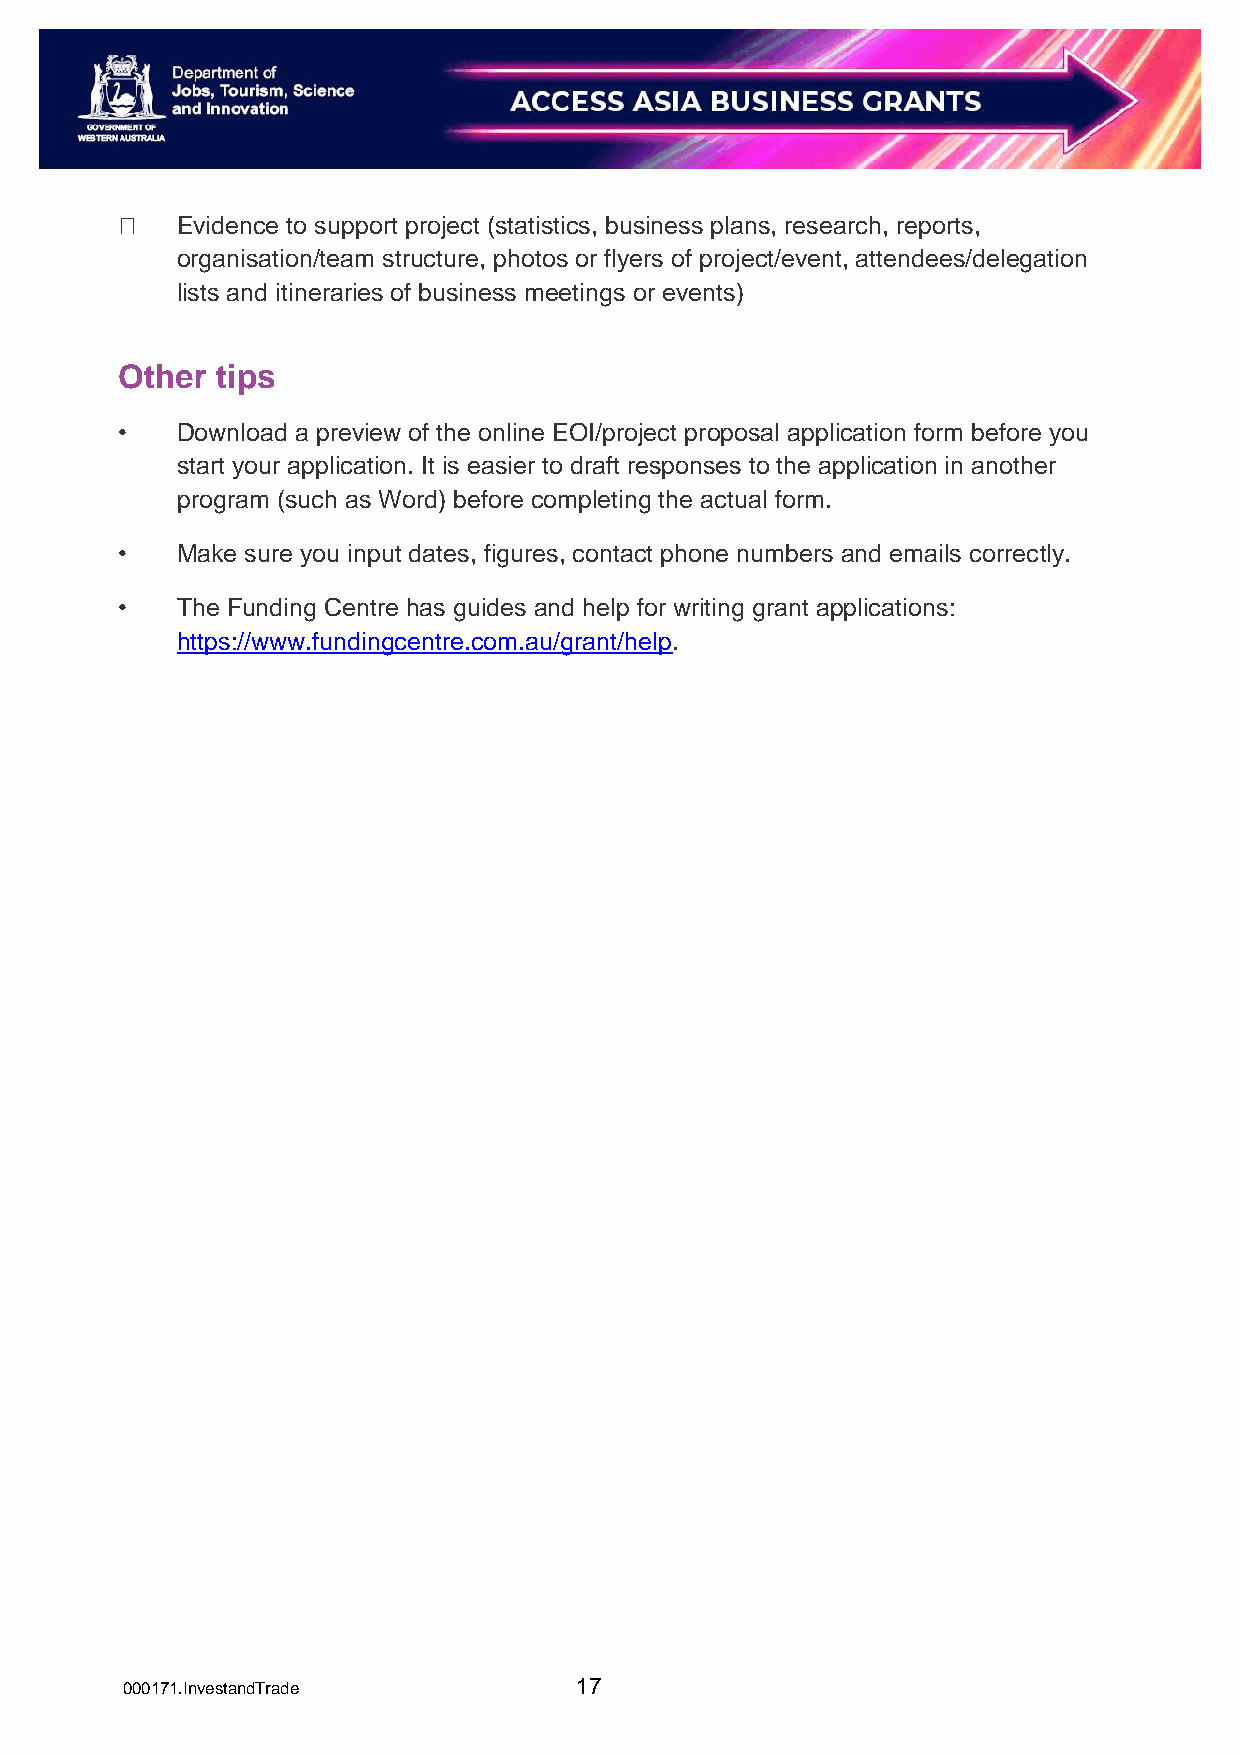
Evidence to support project (statistics, business plans, research, reports,
 organisation/team structure, photos or flyers of project/event, attendees/delegation
 lists and itineraries of business meetings or events)
 Other tips
 •   Download a preview of the online EOI/project proposal application form before you
 start your application. It is easier to draft responses to the application in another
 program (such as Word) before completing the actual form.
 •   Make sure you input dates, figures, contact phone numbers and emails correctly.
 •   The Funding Centre has guides and help for writing grant applications:
 https://www.fundingcentre.com.au/grant/help.
 000171.InvestandTrade         17